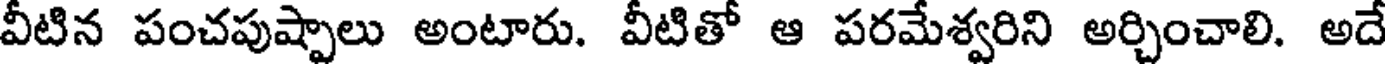
వీటిన పంచపుష్పాలు అంటారు. వీటితో ఆ పరమేశ్వరిని అర్చించాలి. అదే